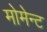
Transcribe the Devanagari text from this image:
मोमेन्ट